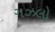
ગઝલો